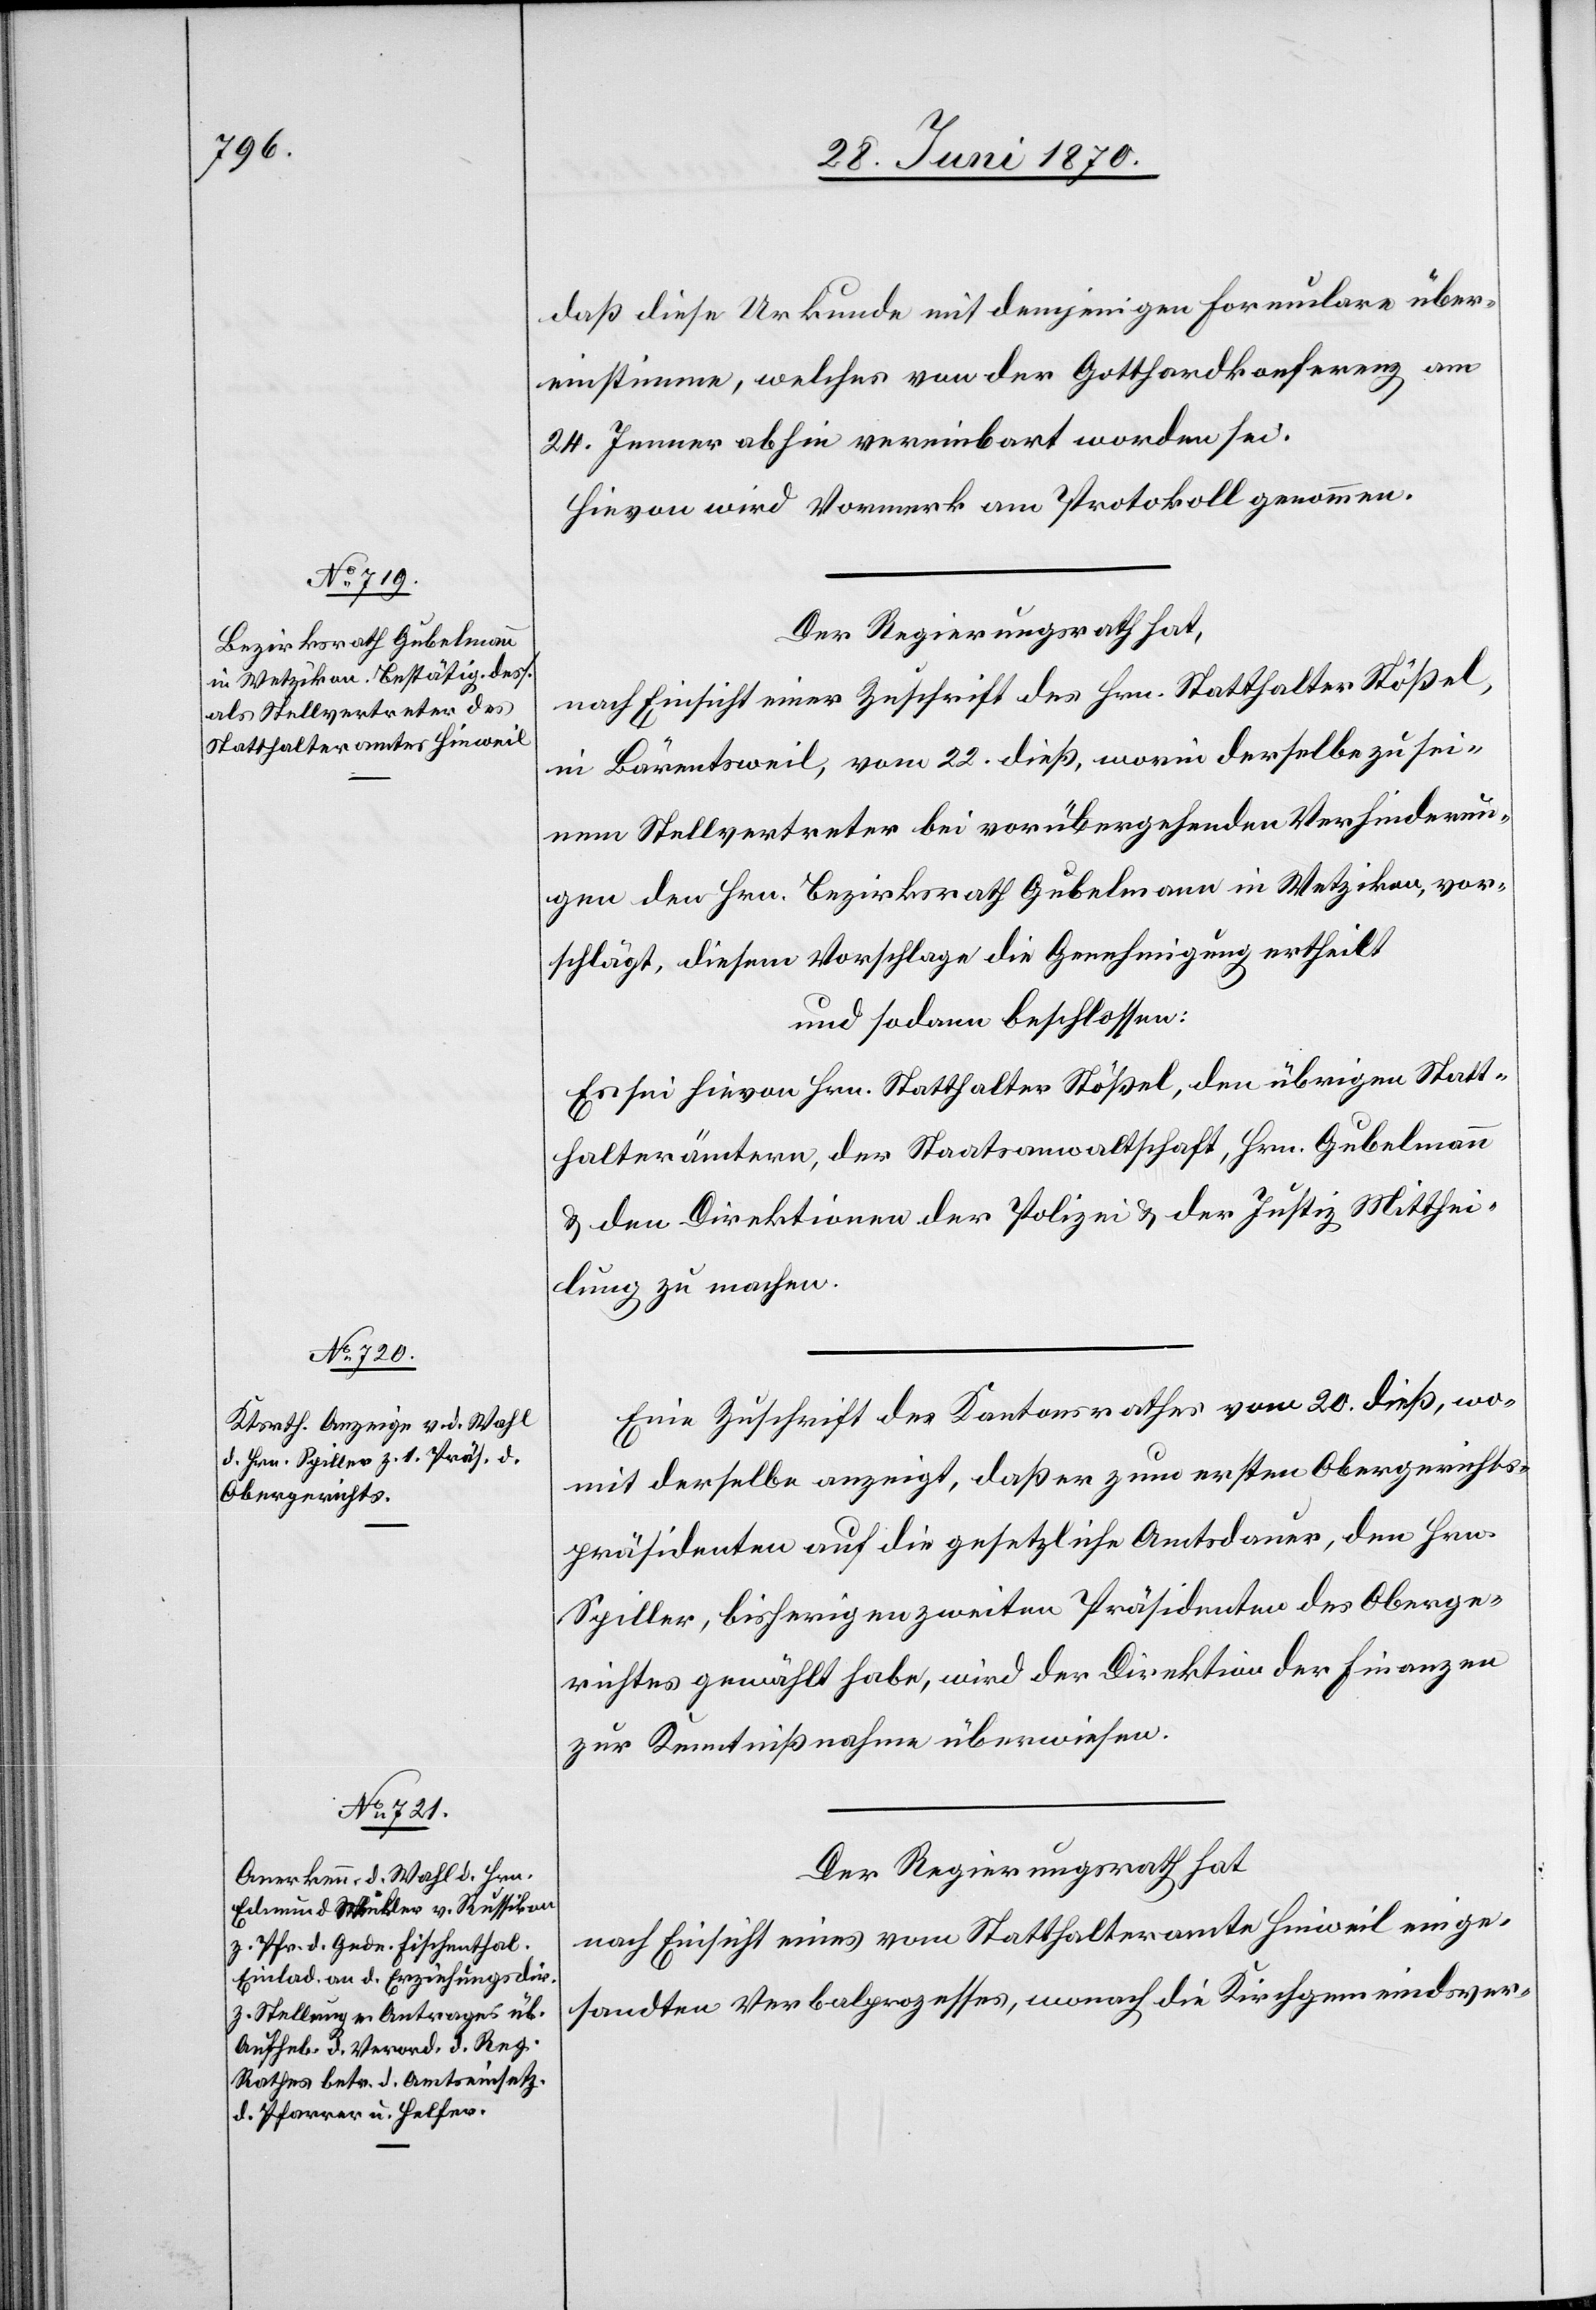
daß diese Urkunde mit demjenigen Formulare über¬
einstimme, welches von der Gotthardkonferenz am
25. Jenner abhin vereinbart worden sei.
Hievon wird Vormerk am Protokoll genommen.
Der Regierungsrath hat,
nach Einsicht einer Zuschrift des Hrn. Statthalter Stößel,
in Bärentsweil, vom 22. dieß, worin derselbe zu sei¬
nem Stellvertreter bei vorübergehenden Verhinderun¬
gen den Hrn. Bezirksrath Gubelmann in Wetzikon, vor¬
schlägt, diesem Vorschlage die Genehmigung ertheilt
und sodann beschlossen:
Es sei hievon Hrn. Statthalter Stößel, den übrigen Statt¬
halterämtern, der Staatsanwaltschaft, Hrn. Gubelmann
& den Direktionen der Polizei & der Justiz Mitthei¬
lung zu machen.
Eine Zuschrift des Kantonsrathes vom 20. dieß, wo¬
mit derselbe anzeigt, daß er zum ersten Obergerichts¬
präsidenten auf die gesetzliche Amtsdauer, den Hrn.
Spiller, bisherigen zweiten Präsidenten des Oberge¬
richtes gewählt habe, wird der Direktion der Finanzen
zur Kenntnißnahme überwiesen.
Der Regierungsrath hat
nach Einsicht eines vom Statthalteramte Hinweil einge¬
sandten Verbalprozesses, wonach die Kirchgemeindsver-